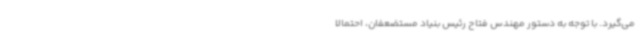
می‌گیرد. با توجه به دستور مهندس فتاح رئیس بنیاد مستضعفان، احتمالاً